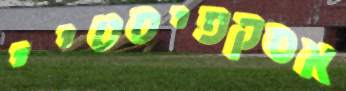
אסקפיסטיי